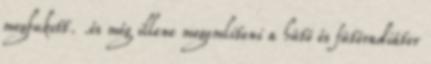
megbukott. .és még illene megemliteni a hütö és fütöradiátor